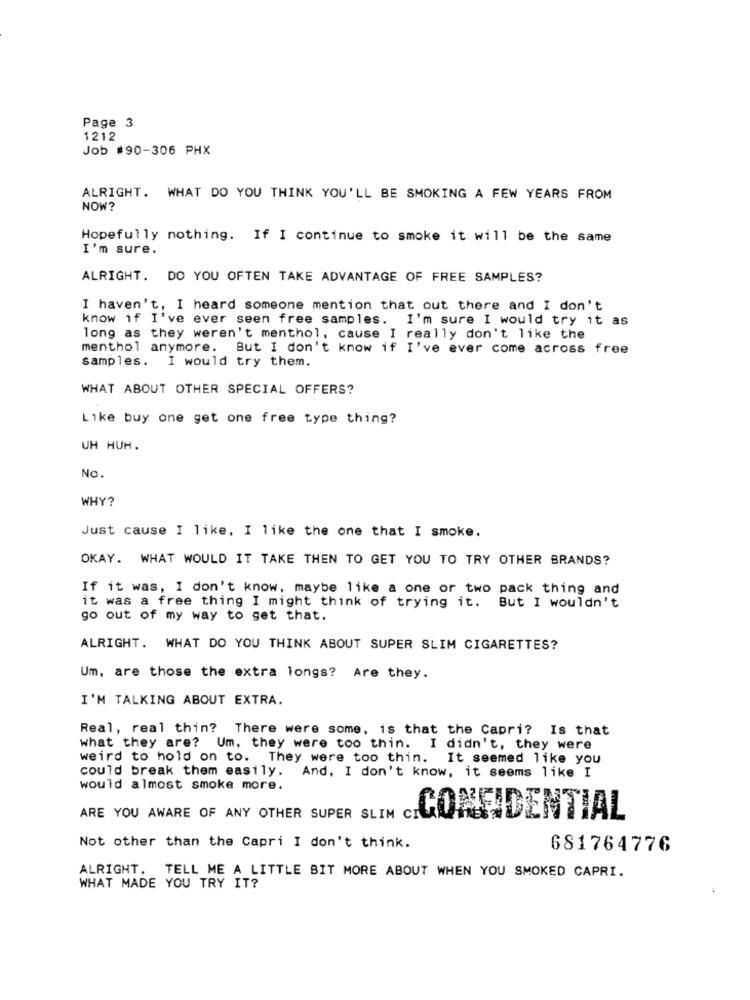
Page 3
1212
Job #90-306 PHX
ALRIGHT. WHAT DO YOU THINK YOU'LL BE SMOKING A FEW YEARS FROM
NOW?
Hopefully nothing. If I continue to smoke it will be the same
I'm sure.
ALRIGHT. DO YOU OFTEN TAKE ADVANTAGE OF FREE SAMPLES?
I haven't, I heard someone mention that out there and I don't
know if I've ever seen free samples. I'm sure I would try it as
long as they weren't menthol, cause I really don't like the
menthol anymore. But I don't know if I've ever come across free
samples. I would try them.
WHAT ABOUT OTHER SPECIAL OFFERS?
Like buy one get one free type thing?
UH HUH.
No.
WHY?
Just cause I like, I like the one that I smoke.
OKAY. WHAT WOULD IT TAKE THEN TO GET YOU TO TRY OTHER BRANDS?
If it was, I don't know, maybe like a one or two pack thing and
it was a free thing I might think of trying it. But I wouldn't
go out of my way to get that.
ALRIGHT. WHAT DO YOU THINK ABOUT SUPER SLIM CIGARETTES?
Um, are those the extra longs? Are they.
I'M TALKING ABOUT EXTRA.
Real, real thin? There were some, is that the Capri? Is that
what they are? Um, they were too thin. I didn't, they were
weird to hold on to. They were too thin. It seemed like you
could break them easily. And. I don't know, it seems like I
would almost smoke more.
ARE YOU AWARE OF ANY OTHER SUPER SLIM
CONFIDENTIAL
Not other than the Capri I don't think.
681764776
ALRIGHT. TELL ME A LITTLE BIT MORE ABOUT WHEN YOU SMOKED CAPRI.
WHAT MADE YOU TRY IT?